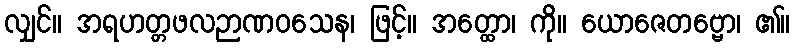
လျှင်။ အရဟတ္တဖလဉာဏဝသေန၊ ဖြင့်။ အတ္ထော၊ ကို။ ယောဇေတဗ္ဗော၊ ၏။